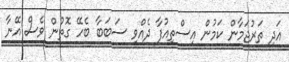
އަދި ތަރުޖަމާން ކަމުން އިސްތިއުފާ ދެއްވި ސަބަބާ ބެހޭ ގޮތުން ވެސް އޭނާ